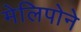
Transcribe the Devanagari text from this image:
मेलिपोने